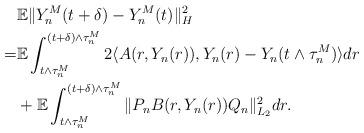
LaTeX: \begin{align*}& \mathbb{E}\Vert Y_n^M (t+\delta) - Y_n^M (t) \Vert_{H}^2 \\= & \mathbb{E}\int_{t\wedge\tau_n^M}^{(t+\delta)\wedge\tau_n^M} 2\langle A(r,Y_n(r)), Y_n(r) - Y_n(t\wedge\tau_n^M) \rangle dr \\& + \mathbb{E}\int_{t\wedge\tau_n^M}^{(t+\delta)\wedge\tau_n^M} \Vert P_n B(r,Y_n(r))Q_n \Vert_{L_2}^2 dr .\end{align*}